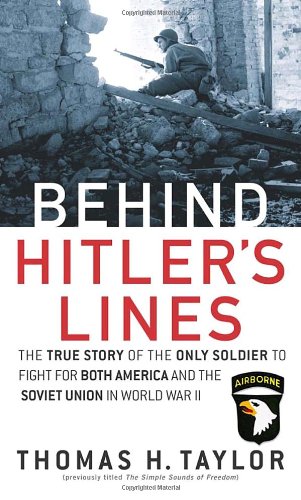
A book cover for Behind Hitler's Lines: The True Story of the Only Soldier to Fight for both America and the Soviet Union in World War II; Thomas H. Taylor; Biographies & Memoirs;